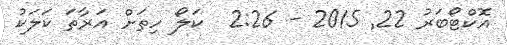
އޮކްޓޯބަރު 22